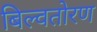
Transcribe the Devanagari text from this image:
बिल्वतोरण